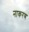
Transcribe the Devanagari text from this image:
नाकरण